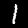
Digit: 1